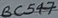
Text: BC547